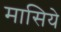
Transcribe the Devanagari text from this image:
मासिये